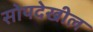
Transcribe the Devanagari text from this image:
सोयदेखील